Tartu_linnavalitsus, lk 128
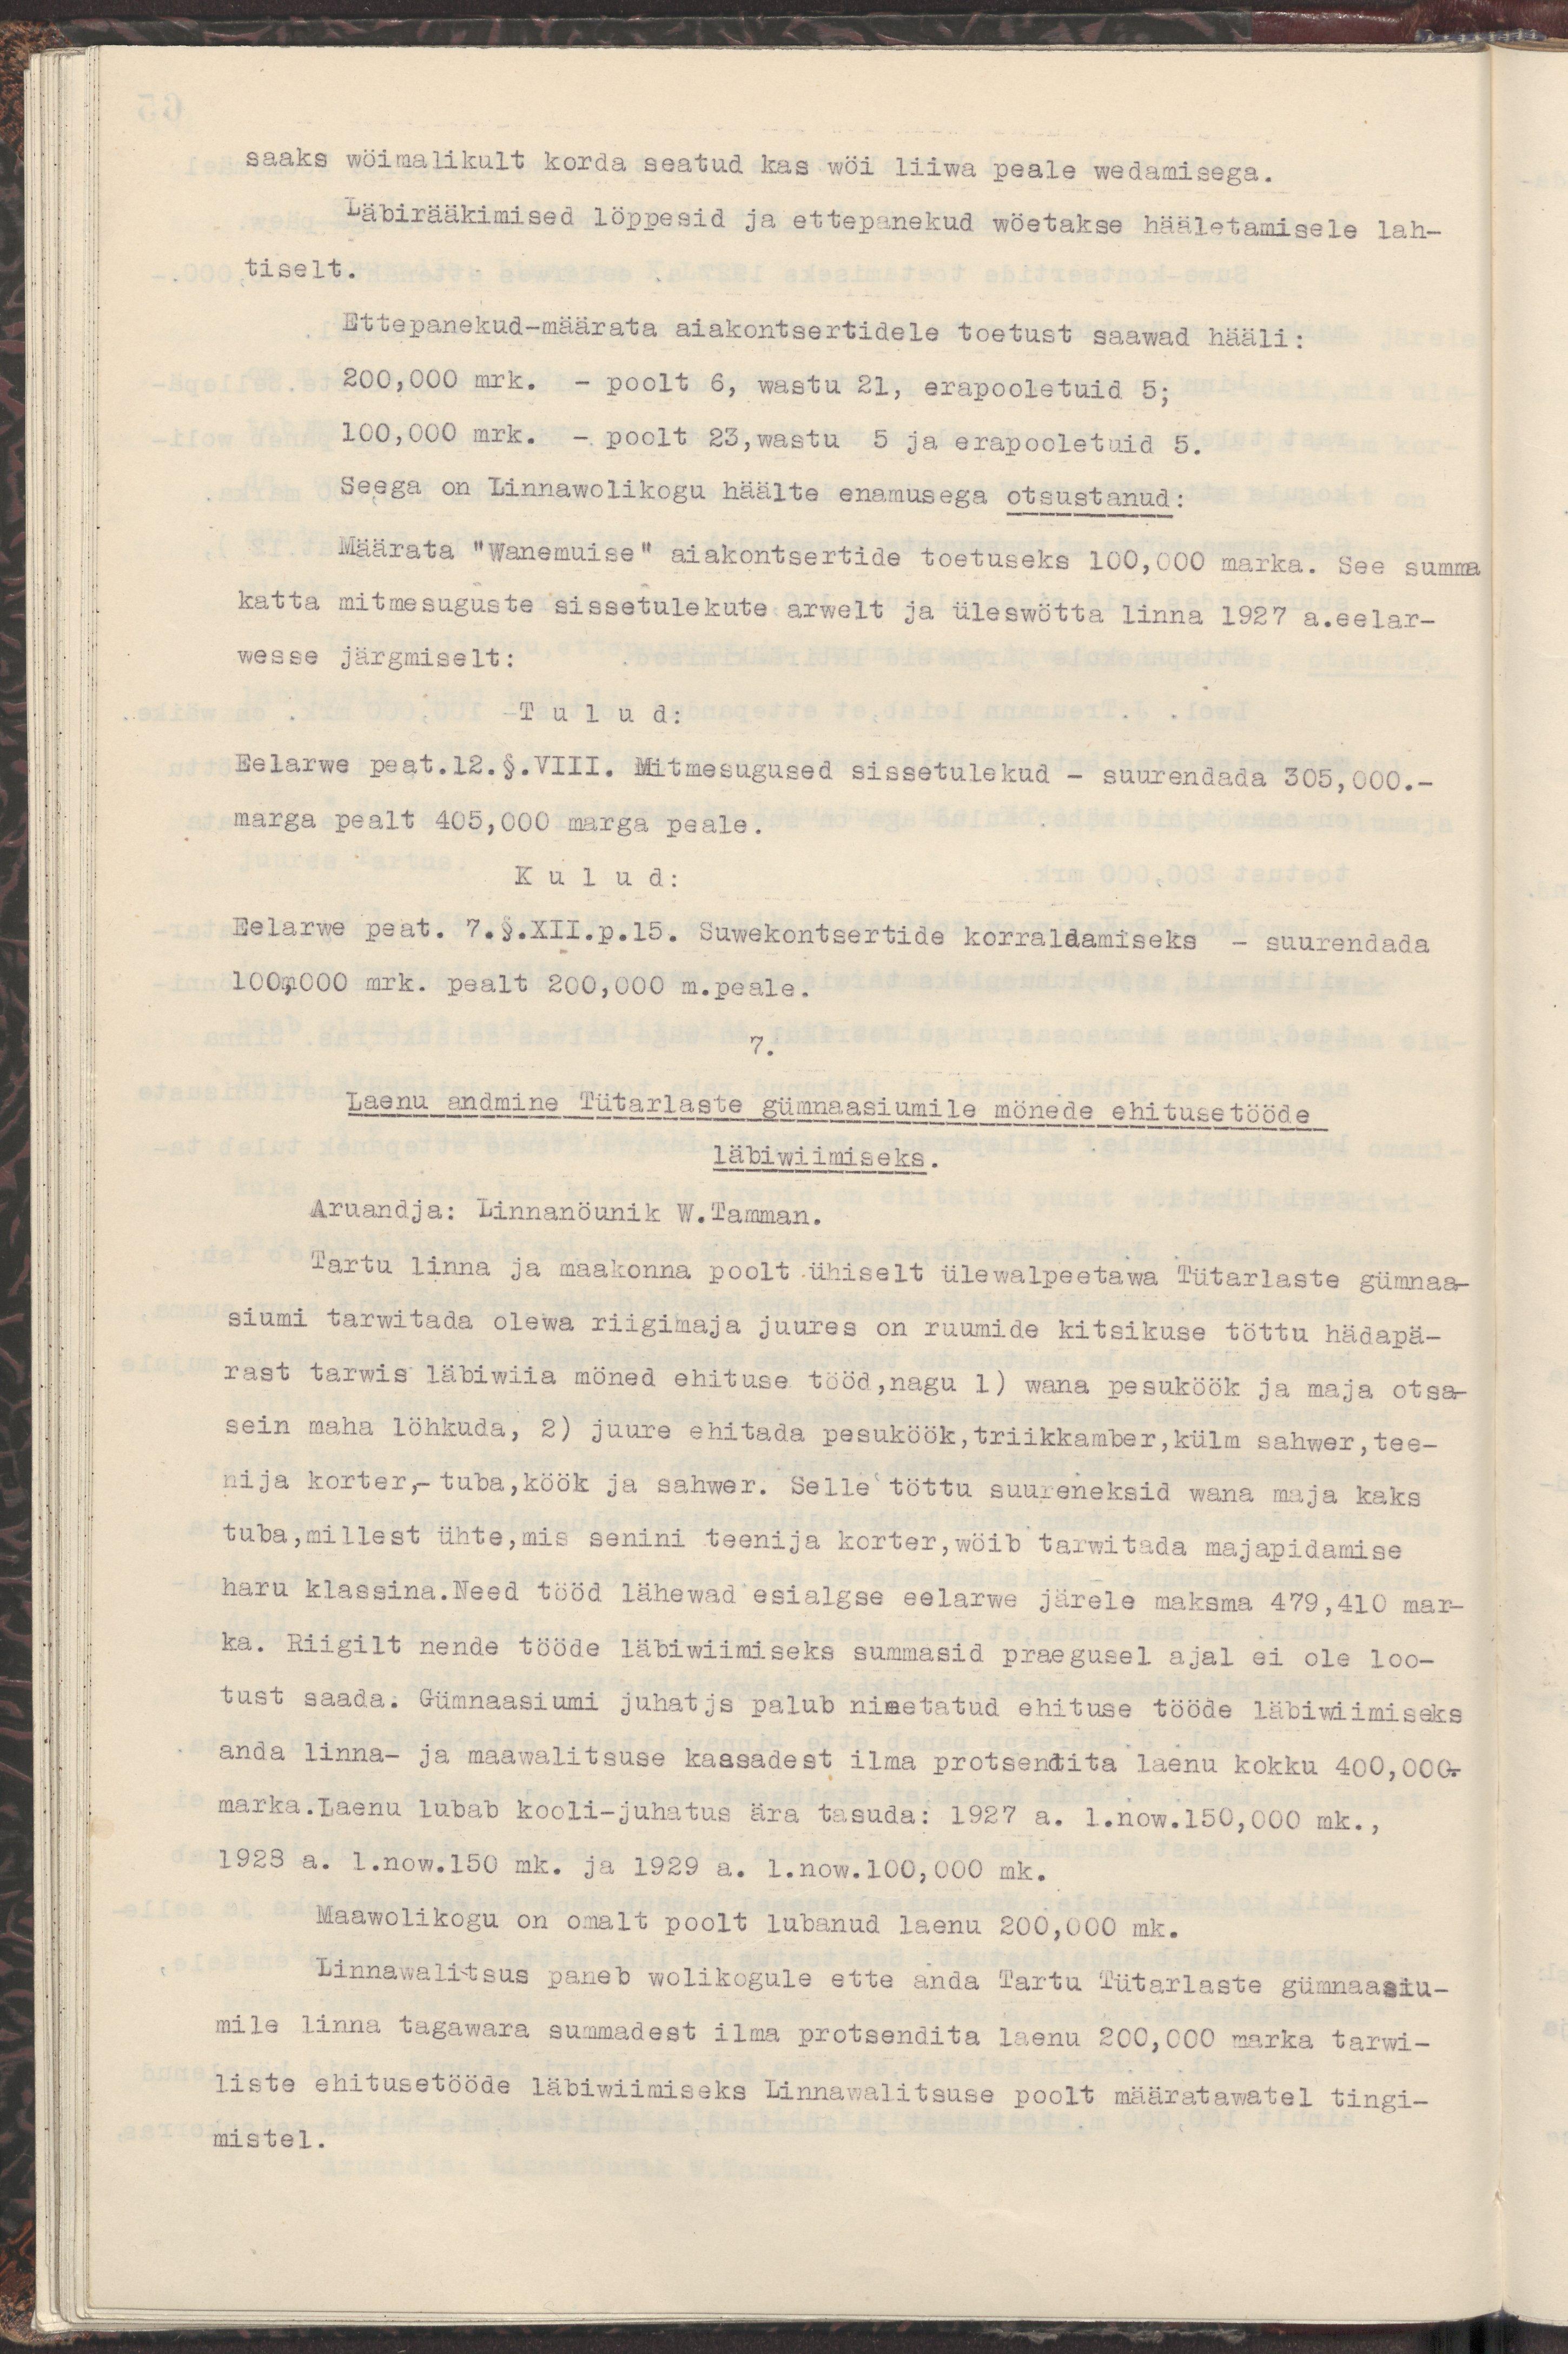
saaks wöimalikult korda seatud kas wöi liiwa peale wedamisega.
Läbirääkimised löppesid ja ettepanekud wöetakse hääletamisele lah-
tiselt.
Ettepanekud-määrata aiakontsertidele toetust saawad hääli:
200,000 mrk. - poolt 6, wastu 21, erapooletuid 5;
100,000 mrk. - poolt 23,wastu 5 ja erapooletuid 5.
Seega on Linnawolikogu häälte enamusega otsustanud:
Määrata "Wanemuise" aiakontsertide toetuseks 100,000 marka. See summa
katta mitmesuguste sissetulekute arwelt ja ülewötta linna 1927 a.eelar-
wesse järgmiselt:
Tulud:
Eelarwe peat.12.§.VIII. Mitmesugused sissetulekud - suurendada 305,000.-
marga pealt 405,000 marga peale.
Kulud:
Eelarwe peat. 7.§.XII.p.15. Suwekontsertide korraldamiseks - suurendada
100,000 mrk. pealt  200,000 m.peale.
7.
Laenu andmine Tütarlaste gümnaasiumile mönede ehitusetööde
läbiwiimiseks.
Aruandja: Linnanöunik W.Tamman.
Tartu linna ja maakonna poolt ühiselt ülewalpeetawa Tütarlaste gümnaa-
siumi tarwitada olewa riigimaja juures on ruumide kitsikuse töttu hädapä-
rast tarwis läbiwiia möned ehituse tööd,nagu 1) wana pesuköök ja maja otsa-
sein maha löhkuda, 2) juure ehitada pesuköök, triikkamber, külm sahwer, tee-
nija korter, -tuba, köök ja sahwer. Selle töttu suureneksid wana maja kaks
tuba, millest ühte, mis senini teenija korter, wöib tarwitada majapidamise
haru klassina. Need tööd lähewad esialgse eelarwe järele maksma 479,410 mar-
ka. Riigilt nende tööde läbiwiimiseks summasid praegusel ajal ei ole loo-
tust saada. Gümnaasiumi juhataja palub nimetatud ehituse tööde läbiwiimiseks
anda linna- ja maawalitsuse kassadest ilma protsendita laenu kokku 400,000-.
marka.Laenu lubab kooli-juhatud ära tasuda: 1927 a. 1.now.150,000 mk.,
1928 a. 1.now.150 mk. ja 1929 a. 1.now.100,000 mk.
Maawolikogu on omalt poolt lubanud laenu 200,000 mk.
Linnawalitsus paneb wolikogule ette anda Tartu Tütarlaste gümnaasiu-
mile linna tagawara summadest ilma protsendita laenu 200,000 marka tarwi-
liste ehitustööde läbiwiimiseks Linnawalitsuse poolt määratawatel tingi-
mistel.